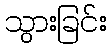
သွားခြင်း